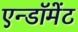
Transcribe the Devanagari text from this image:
एन्‍डॉमेंट